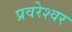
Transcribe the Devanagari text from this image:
प्रवरेश्वर